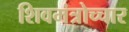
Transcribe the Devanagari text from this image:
शिवमंत्रोच्चार